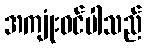
အကျုံးဝင်ပါသည်